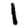
Digit: 1